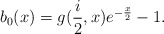
\begin{align*}b_{0}(x)=g(\frac{i}{2},x)e^{-\frac{x}{2}}-1. \end{align*}